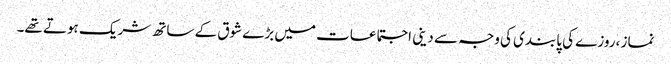
نماز ،روزے کی پابندی کی وجہ سے دینی اجتماعات میں بڑے شوق کے ساتھ شریک ہوتے تھے۔